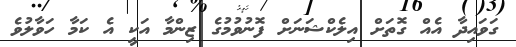
ގަވައިދާ އެއް ގޮތަށް އިލެކްޝަނަށް ފޮނުވުމުގެ ޒިންމާ އަކީ އެ ކަމާ ހަވާލުވެ